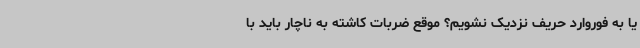
یا به فوروارد حریف نزدیک نشویم؟ موقع ضربات کاشته به ناچار باید با